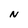
Character: N